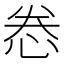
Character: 𫺉